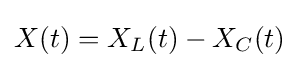
X(t)=X_{L}(t)-X_{C}(t)